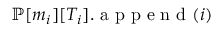
{ \mathbb { P } } [ m _ { i } ] [ T _ { i } ] . \mathrm { ~ a ~ p ~ p ~ e ~ n ~ d ~ } ( i )